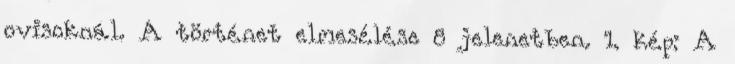
ovisoknál. A történet elmesélése 8 jelenetben. 1. kép: A